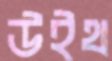
উইথ